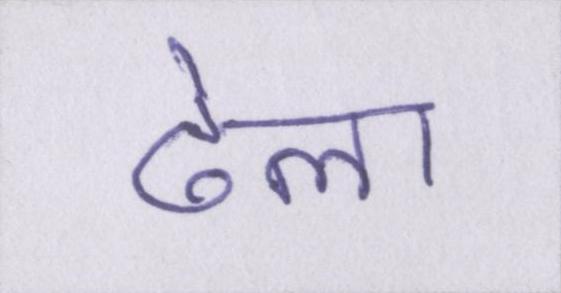
ढेला